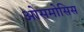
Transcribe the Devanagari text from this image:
ओसमोसिस